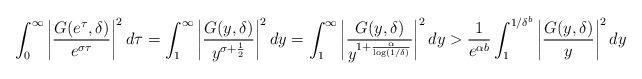
LaTeX: \begin{align*} \int_0^\infty \left| \frac{G(e^{\tau}, \delta)}{e^{\sigma\tau}} \right|^2 d\tau = \int_1^\infty \left| \frac{G(y, \delta)}{y^{\sigma+\frac{1}{2}}} \right|^2 dy &= \int_1^\infty \left| \frac{G(y, \delta)}{y^{1+\frac{\alpha}{\log(1/\delta)}}} \right|^2 dy > \frac{1}{e^{\alpha b}} \int_1^{1/\delta^b} \left| \frac{G(y, \delta)}{y} \right|^2 dy\end{align*}